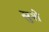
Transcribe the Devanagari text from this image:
सुशे